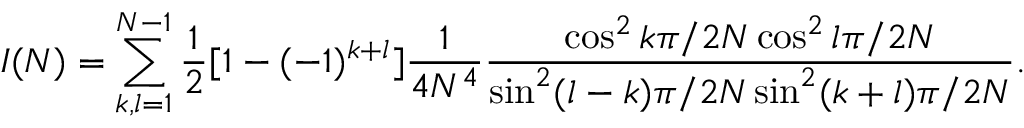
I ( N ) = \sum _ { k , l = 1 } ^ { N - 1 } \frac { 1 } { 2 } [ 1 - ( - 1 ) ^ { k + l } ] \frac { 1 } { 4 N ^ { 4 } } \frac { \cos ^ { 2 } k \pi / 2 N \cos ^ { 2 } l \pi / 2 N } { \sin ^ { 2 } ( l - k ) \pi / 2 N \sin ^ { 2 } ( k + l ) \pi / 2 N } .